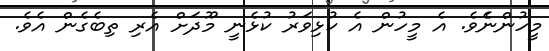
މީހުންނެެވެ. އެ މީހުން އެ ކުޅިވަރު ކުޅެނީ މޫދަށް އެރި ތިބެގެން އެވެ.